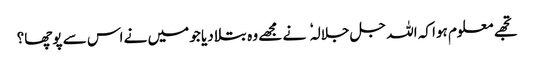
تجھے معلوم ہوا کہ اللہ جل جلالہ نے مجھے وہ بتلا دیا جو میں نے اس سے پوچھا؟